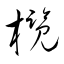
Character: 欖